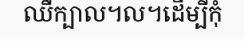
ឈឺក្បាល។ល។ដើម្បីកុំ